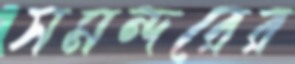
সমন্দরের